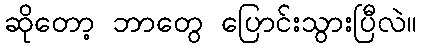
ဆိုတော့ ဘာတွေ ပြောင်းသွားပြီလဲ။